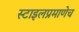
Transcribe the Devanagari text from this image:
स्टाइलप्रमाणेच